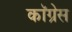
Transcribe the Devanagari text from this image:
काॅग्रेेस